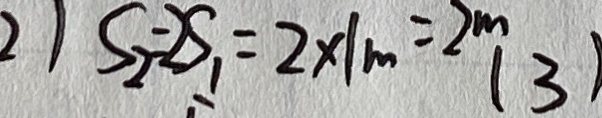
2 ) S _ { 2 } = 2 S _ { 1 } = 2 \times 1 m = 2 m ( 3 )